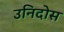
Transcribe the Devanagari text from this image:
उनिदोस